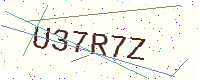
Text: U37R7Z